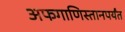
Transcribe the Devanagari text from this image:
अफगाणिस्तानपर्यंत